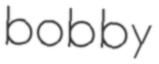
bobby